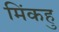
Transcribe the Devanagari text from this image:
मिंकहु